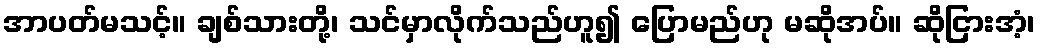
အာပတ်မသင့်။ ချစ်သားတို့၊ သင်မှာလိုက်သည်ဟူ၍ ပြောမည်ဟု မဆိုအပ်။ ဆိုငြားအံ့၊